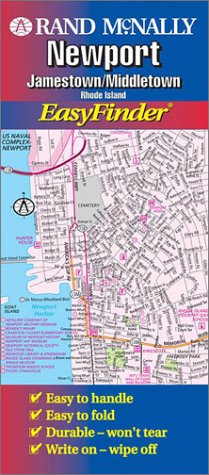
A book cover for Easyfinder-Newport (Rand McNally Easyfinder); Rand McNally; Travel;